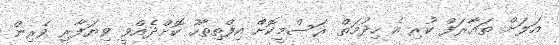
އަލަށް ތައާރަފް ކުރި އެ ހިދުމަތް ރަސްމީކޮށް އިފްތިތާހު ކޮށްދެއްވީ ވިޔަފާރި ވެރިން